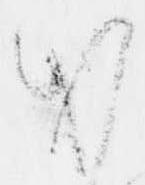
お